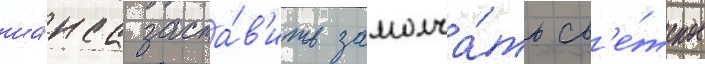
ша́нса заста́в'ить замолча́ть св'е́тское